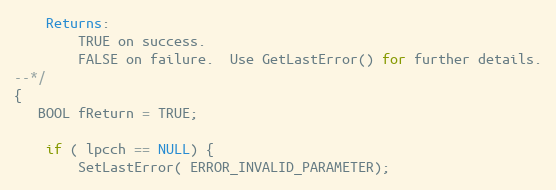
Language: C++
    Returns:
        TRUE on success.
        FALSE on failure.  Use GetLastError() for further details.
--*/
{
   BOOL fReturn = TRUE;

    if ( lpcch == NULL) {
        SetLastError( ERROR_INVALID_PARAMETER);